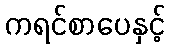
ကရင်စာပေနှင့်